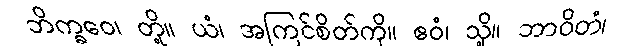
ဘိက္ခဝေ၊ တို့။ ယံ၊ အကြင်စိတ်ကို။ ဧဝံ၊ သို့။ ဘာဝိတံ၊